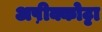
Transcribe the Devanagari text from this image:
अष़ीक्कोट्टा